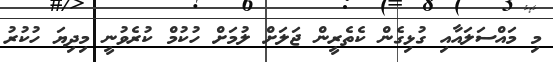
މި މައްސަލައާއި ގުޅިގެން ކެތެރީން ޖަލަށް ލުމަށް ހުކުމް ކުރެވުނީ މިދިޔަ ހުކުރު